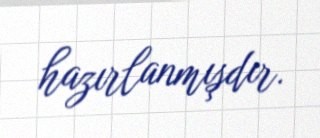
hazırlanmışdır.